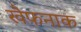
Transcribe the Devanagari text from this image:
खैफनाक